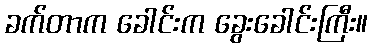
ခက်တာက ခေါင်းက ခွေးခေါင်းကြီး။